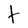
Character: T